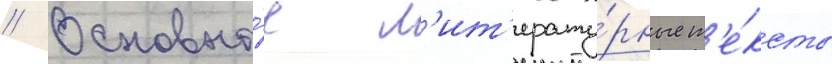
// Основны́е л'ит'ерату́рные т'е́ксты